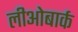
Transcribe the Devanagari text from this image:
लीओबार्क